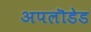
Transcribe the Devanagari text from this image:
अपलॊडेड